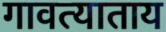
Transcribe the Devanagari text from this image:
गावत्याताय